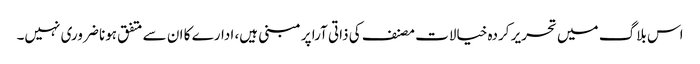
اس بلاگ میں تحریر کردہ خیالات مصنف کی ذاتی آرا پر مبنی ہیں، ادارے کا ان سے متفق ہونا ضروری نہیں۔